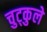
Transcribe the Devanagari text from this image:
चुट्कुले